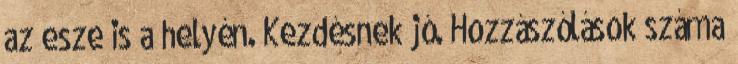
az esze is a helyén. Kezdésnek jó. Hozzászólások száma